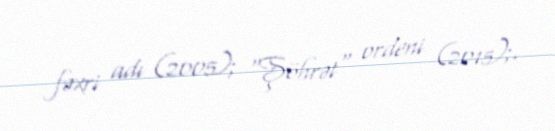
fəxri adı (2005); "Şöhrət" ordeni (2015);.